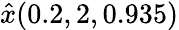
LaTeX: \hat{x}(0.2,2,0.935)